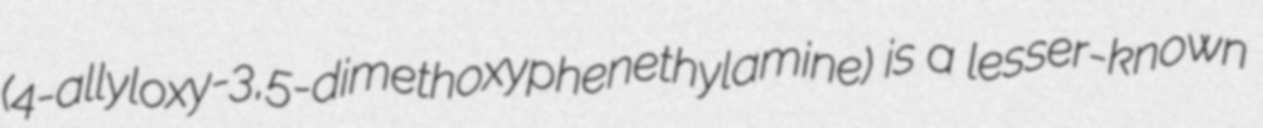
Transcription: (4-allyloxy-3,5-dimethoxyphenethylamine) is a lesser-known